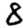
Digit: 8